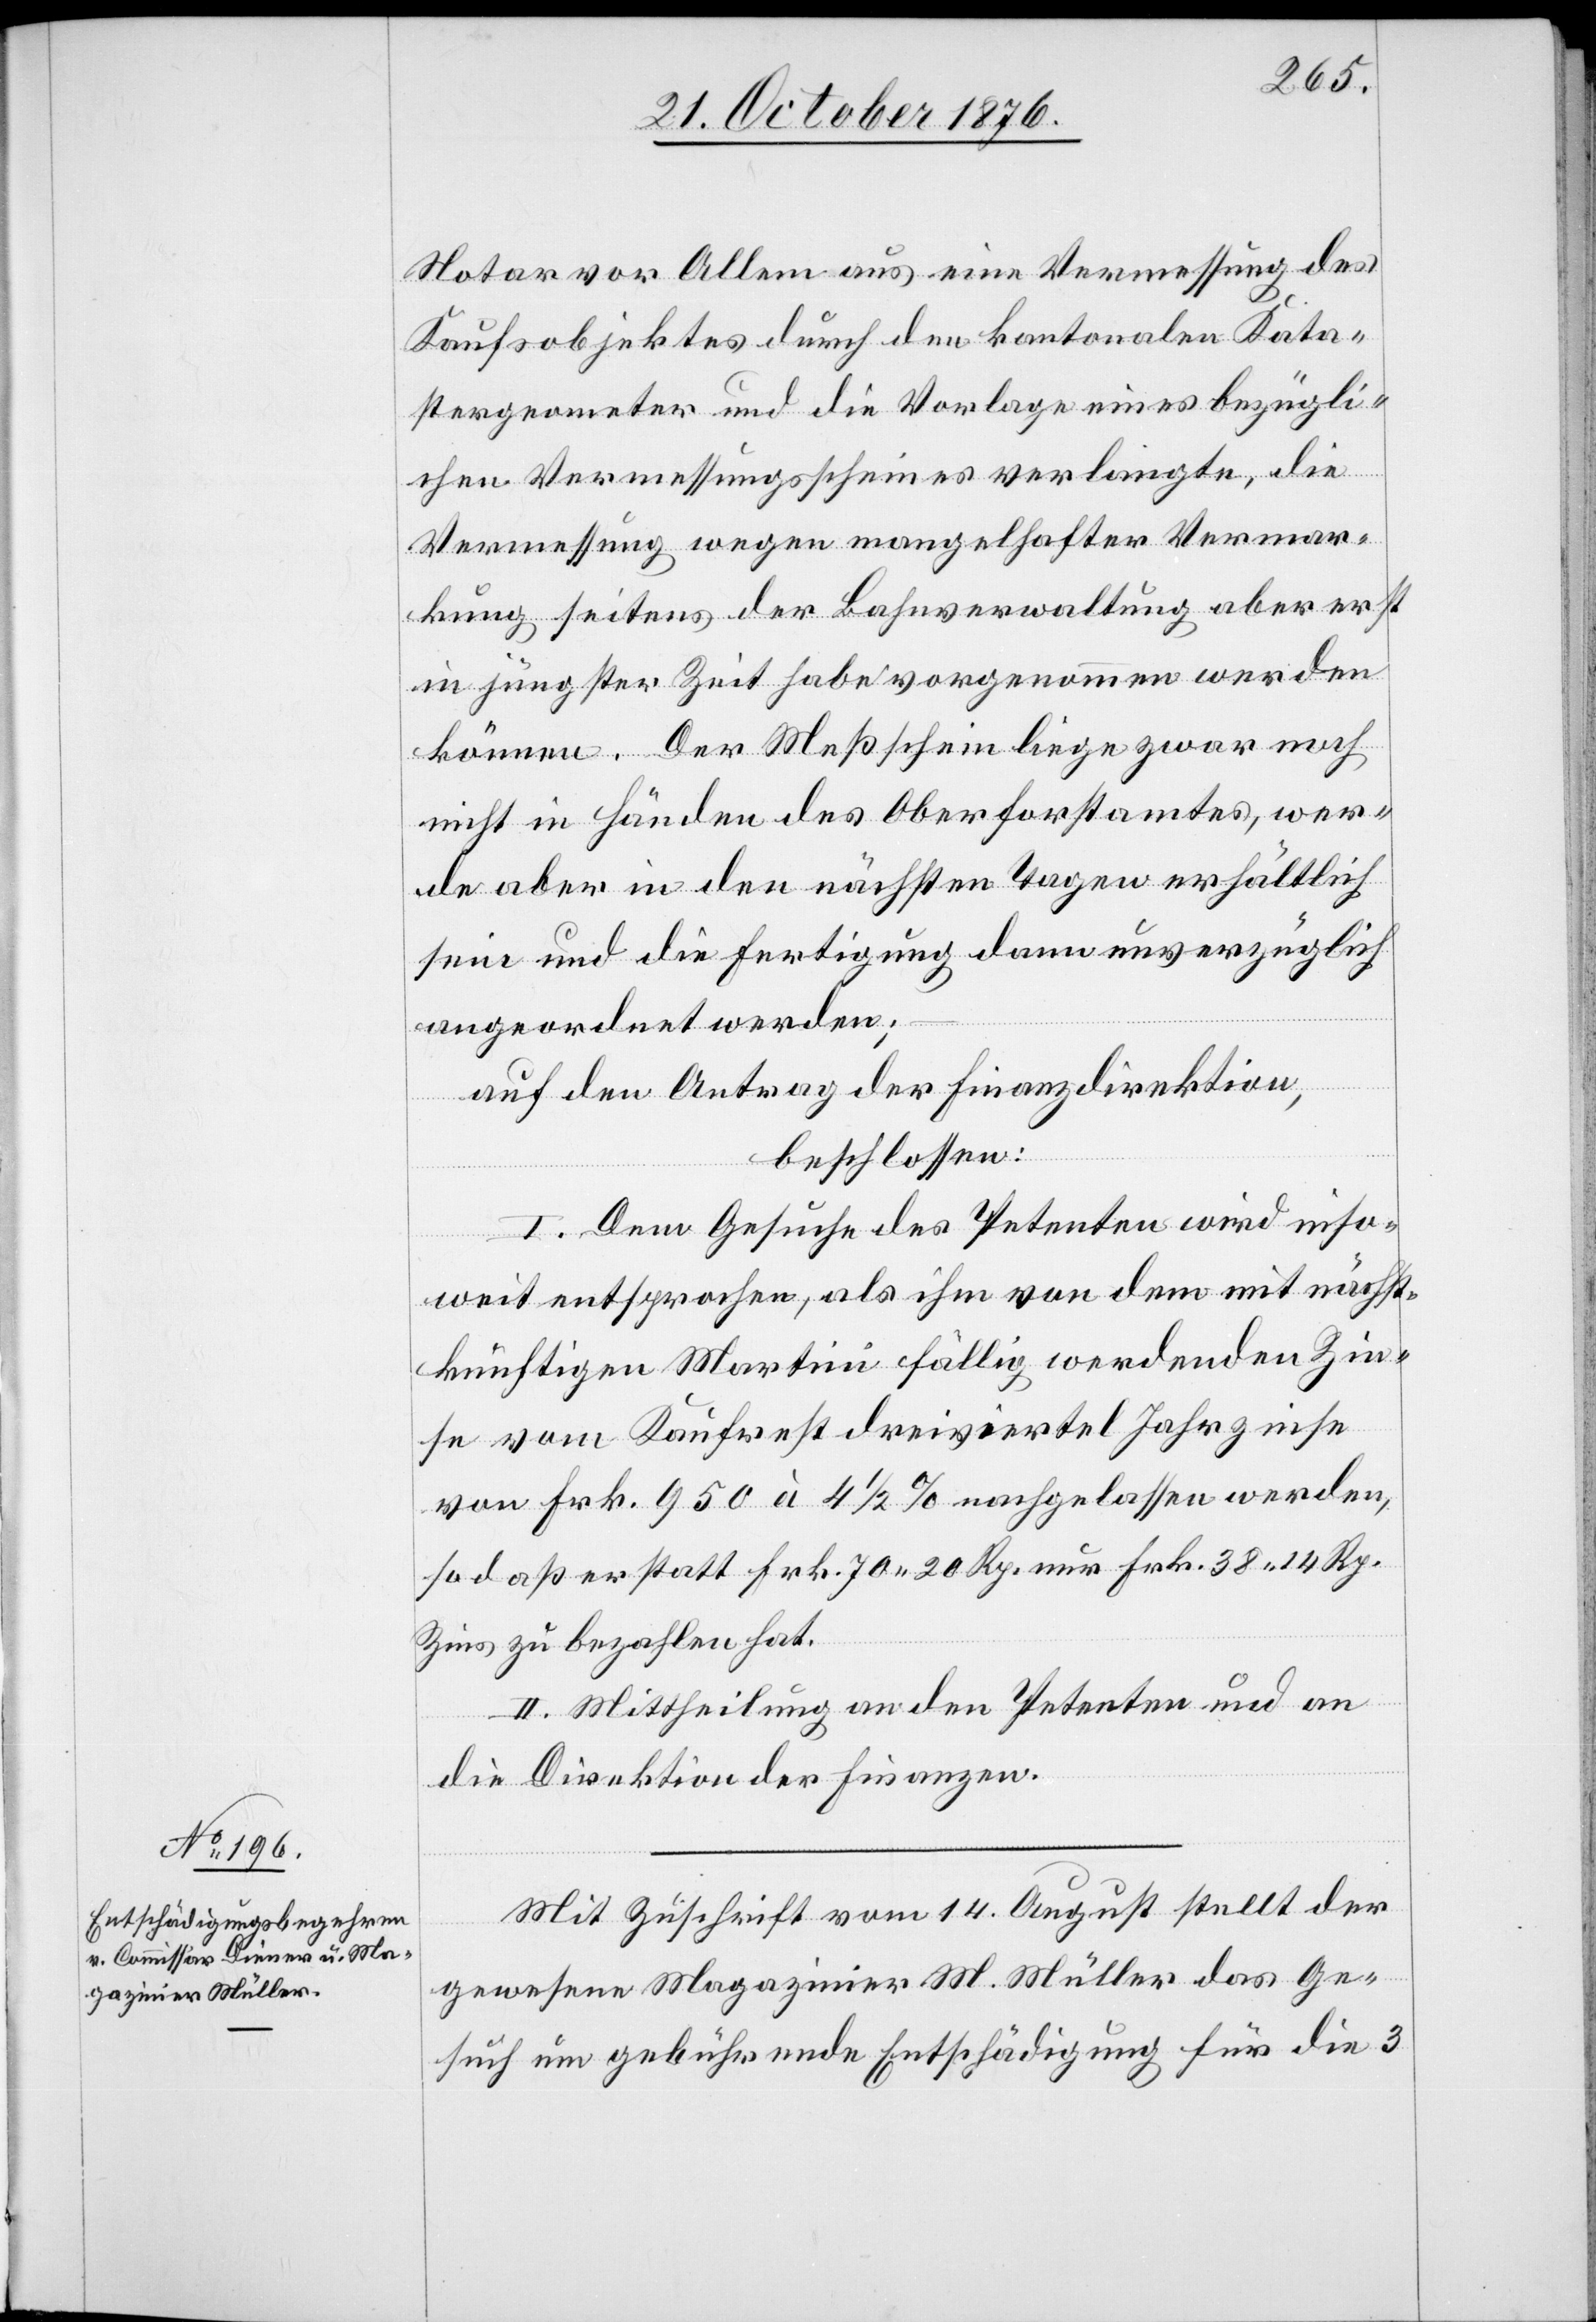
Notar vor Allem aus eine Vermessung des
Kaufsobjektes durch den kantonalen Kata¬
stergeometer und die Vorlage eines bezügli¬
chen Vermessungsscheines verlangte, die
Vermessung wegen mangelhafter Vermar¬
kung seitens der Bahnverwaltung aber erst
in jüngster Zeit habe vorgenommen werden
können. Der Meßschein liege zwar noch
nicht in Hängen des Oberforstamtes, wer¬
de aber in den nächsten Tagen erhältlich
sein und die Fertigung dann unverzüglich
angeordnet werden;
auf den Antrag der Finanzdirektion,
beschlossen:
I. Dem Gesuche des Petenten wird inso¬
weit entsprochen, als ihm von dem mit nächst¬
künftigen Martini fällig werdenden Zin¬
se vom Kaufrest dreiviertel Jahrzinse
von Frk. 950 à 4 1/2% nachgelassen werden,
so daß er statt Frk. 70 20 Rp. nur Frk. 38 14 Rp.
Zins zu bezahlen hat.
II. Mittheilung an den Petenten und an
die Direktion der Finanzen.
Mit Zuschrift vom 14. August stellt der
gewesene Magaziner M. Müller das Ge¬
such um gebührende Entschädigung für die 3